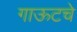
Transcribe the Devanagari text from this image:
गाऊटचे